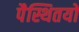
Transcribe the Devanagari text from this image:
पैस्थितयों